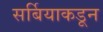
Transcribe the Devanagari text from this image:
सर्बियाकडून